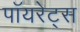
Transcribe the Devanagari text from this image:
पॉयरेट्स